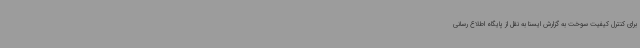
برای کنترل کیفیت سوخت به گزارش ایسنا به نقل از پایگاه اطلاع رسانی